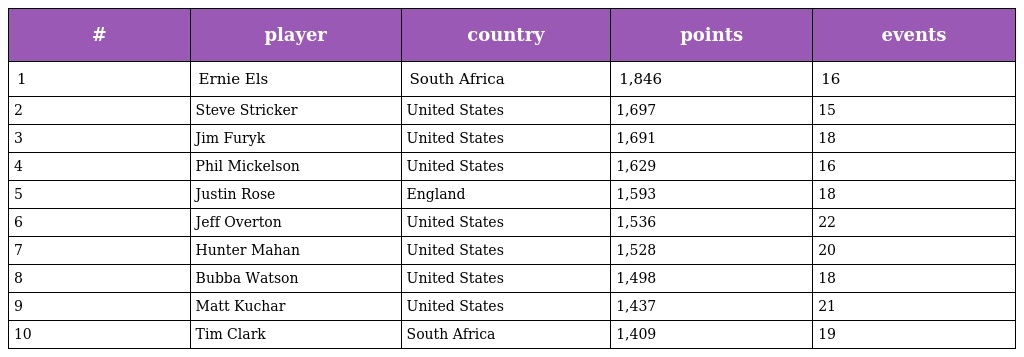
| # | player | country | points | events |
 | --- | --- | --- | --- | --- |
 | 1 | Ernie Els | South Africa | 1,846 | 16 |
 | 2 | Steve Stricker | United States | 1,697 | 15 |
 | 3 | Jim Furyk | United States | 1,691 | 18 |
 | 4 | Phil Mickelson | United States | 1,629 | 16 |
 | 5 | Justin Rose | England | 1,593 | 18 |
 | 6 | Jeff Overton | United States | 1,536 | 22 |
 | 7 | Hunter Mahan | United States | 1,528 | 20 |
 | 8 | Bubba Watson | United States | 1,498 | 18 |
 | 9 | Matt Kuchar | United States | 1,437 | 21 |
 | 10 | Tim Clark | South Africa | 1,409 | 19 |